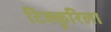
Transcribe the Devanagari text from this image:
टिक्कुरिला